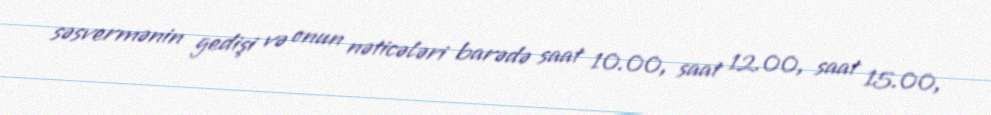
səsvermənin gedişi və onun nəticələri barədə saat 10.00, saat 12.00, saat 15.00,